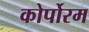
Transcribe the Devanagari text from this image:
कोर्पोरम